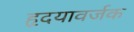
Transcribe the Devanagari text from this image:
हृदयावर्जक